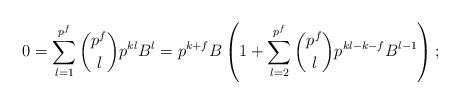
LaTeX: \begin{align*} 0=\sum_{l=1}^{p^f}{p^f\choose l}p^{kl} B^{l}= p^{k+f}B\left(1 + \sum_{l=2}^{p^f}{p^f\choose l}p^{kl-k-f} B^{l-1}\right);\end{align*}